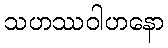
သဟဿဝါဟနော